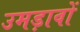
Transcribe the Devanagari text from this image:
उमड़ावों